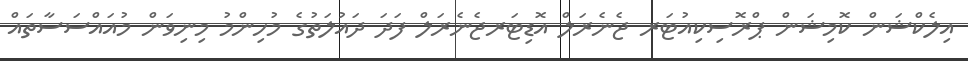
އިލެކްޝަން ކޮމިޝަން ޕްރޮސިކިއުޓަރ ޖެނެރަލް އޮޑިޓަރޖެނެރަލް ފަދަ ދައުލަތުގެ މުހިންމު މިނިވަން މުއައްސަސާތައް